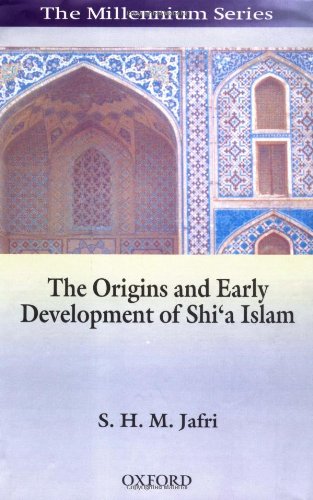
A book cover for The Origins and Early Development of Shi'a Islam (Millennium (Series)); Syed Husain Mohammad Jafri; Religion & Spirituality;